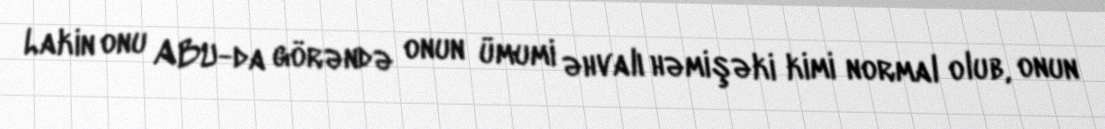
Lakin onu ABU-da görəndə onun ümumi əhvalı həmişəki kimi normal olub, onun